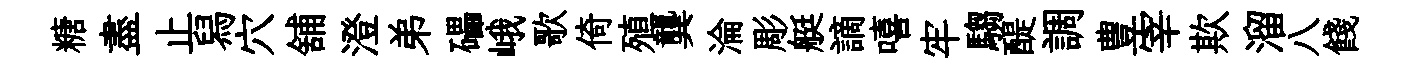
糖盡止舄穴舖澄弟礧峨歌倚殖龔淪彫艇謫嘻牢騶醍調豊宰欺溜八餞